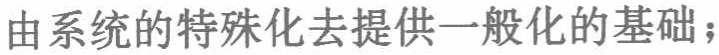
由系统的特殊化去提供一般化的基础；